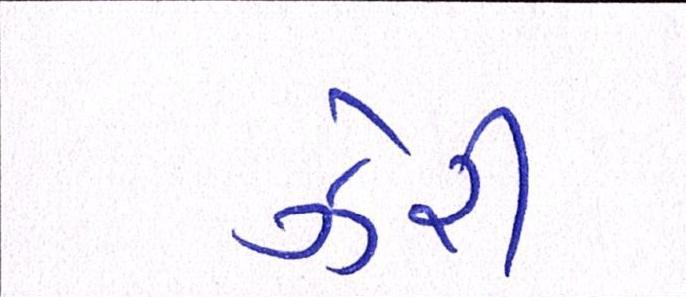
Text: ઝેરી